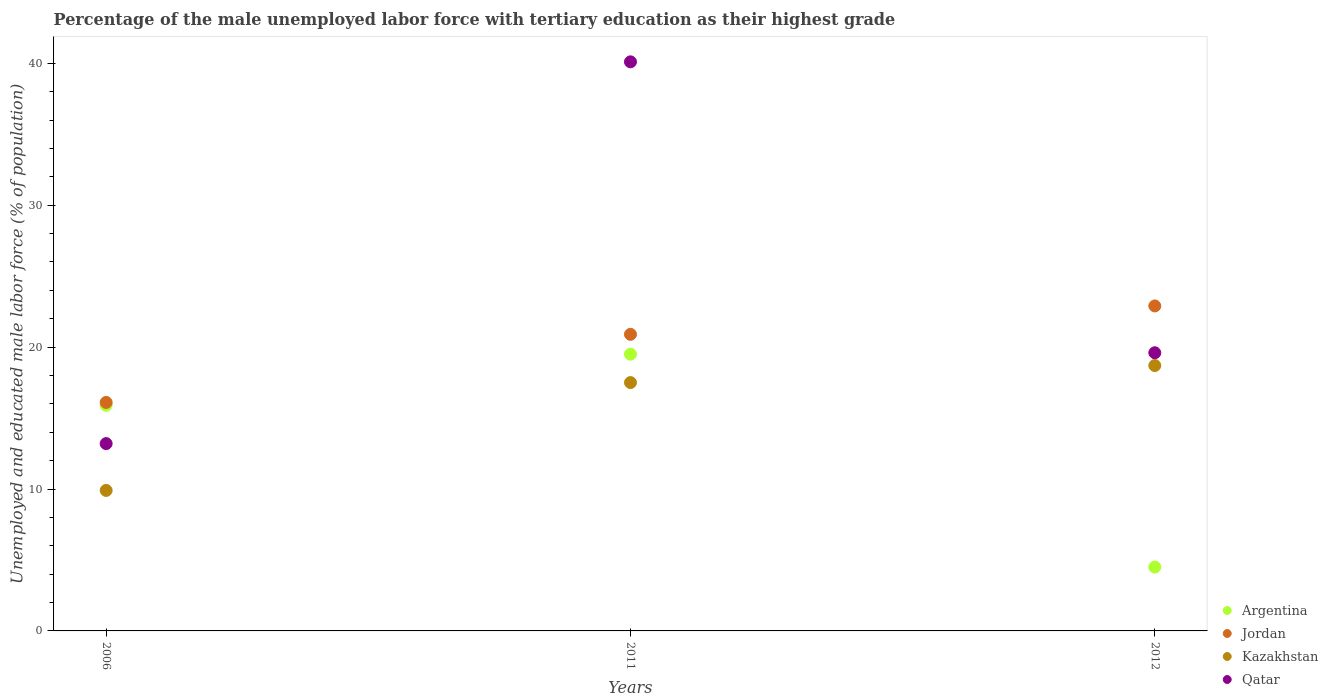
| Years | Argentina | Jordan | Kazakhstan | Qatar |
 | --- | --- | --- | --- | --- |
 | 2006 | 15.9 | 16.1 | 9.9 | 13.2 |
 | 2011 | 19.5 | 20.9 | 17.5 | 40.1 |
 | 2012 | 4.5 | 22.9 | 18.7 | 19.6 |